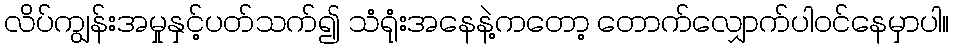
လိပ်ကျွန်းအမှုနှင့်ပတ်သက်၍ သံရုံးအနေနဲ့ကတော့ တောက်လျှောက်ပါဝင်နေမှာပါ။